Scottish Leaving Certificate Examination, 1961
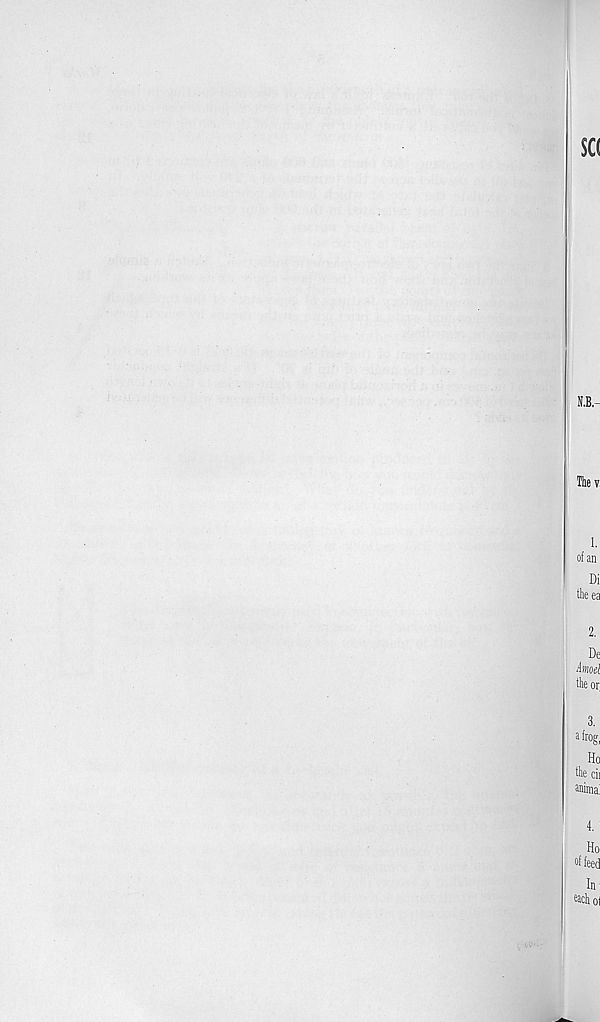
$C(
Tliev
1.
of an
Di
the ea
2.
De
hioel
the or
3.
a frog,
Ho
the cii
anima!
4.
Ho
at feed
In
each ol